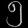
Digit: ၅